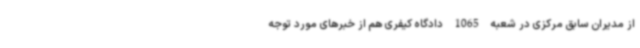
از مدیران سابق مرکزی در شعبه 1065 دادگاه کیفری هم از خبرهای مورد توجه